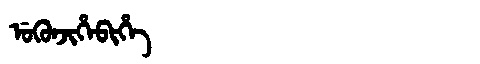
Manchu: ᡠᡴᡠᠨᠵᡳᡥᡝᠪᡳᡥᡝ
Romanization: UKUNJIHEBIHE